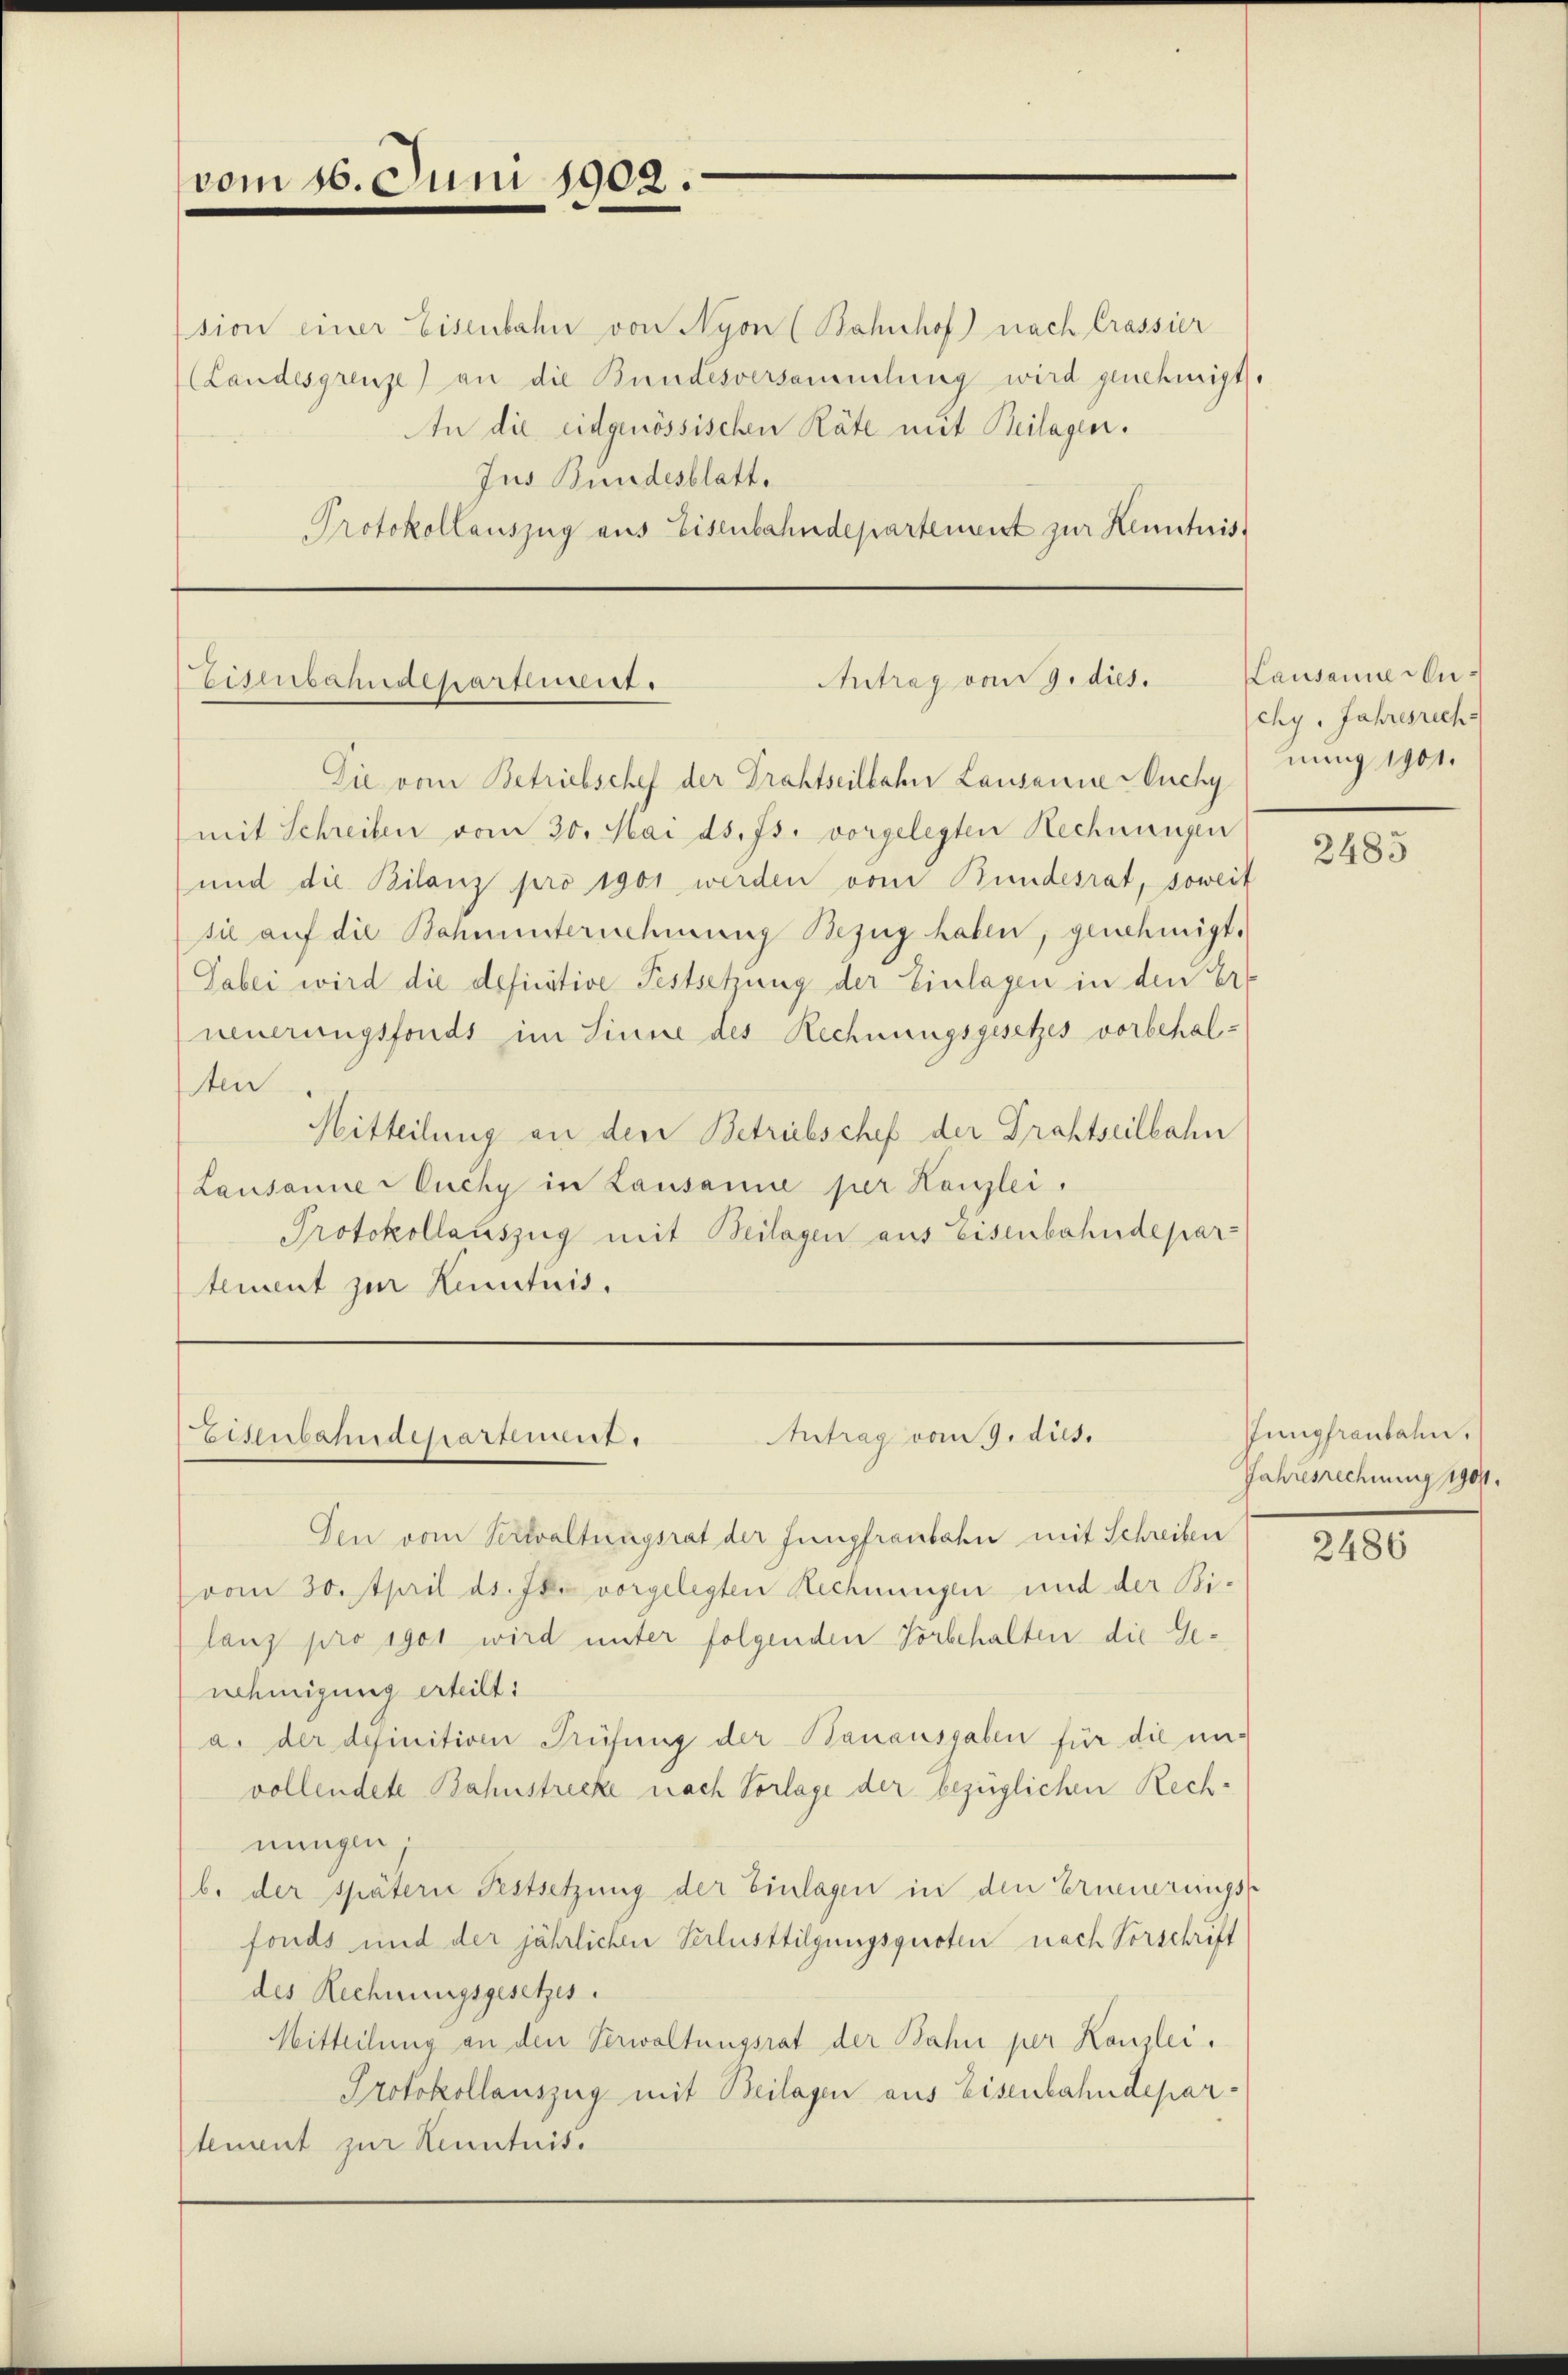
vom 16. Juni 1902.

sion einer Eisenbahn von Nyon (Bahnhof nach Crassier
(Landesgrenze) an die Bundesversammlung wird genehmigt.
An die eidgenössischen Räte mit Beilagen.
Jus Bundesblatt.
Protokollauszug aus Eisenbahndepartement zur Kenntnis.

Antrag vom 9. dies.
Eisenbahndepartenseit

Die vom Betriebschef der Drahtseilbahn Lausanne Ouchy
mit Schreiben vom 30. Mai ds. Js. vorgelegten Rechnungen
und die Bilanz pro 1901 werden vom Bundesrat, soweit
sie auf die Bahnunternehmung Bezug haben, genehmigt.
Tabei wird die definitive Festsetzung der Einlagen in den Erneuerungsfonds im Sinne des Rechnungsgesetzes vorbehalten
Mitteilung an den Betriebschef der Grahtseilbahn
Lausanne Ouchy in Lausanne per Kanzlei.
Protokollauszug mit Beilagen aus Eisenbahndepar-
tement zur Kenntnis.

Antrag vom 9. dies.
Eisenbahndepartement,

Lausanne Auchy, Jahresrech
nung 1901.

Den vom Verwaltungsrat der Jungfraubahn mit Schreiben
vom 30. April ds. Ihr vorgelegten Rechnungen und der Bilang pro 1901 wird unter folgenden Vorbehalten die Genehmigung erteilt:
a. der definitiven Prüfung der Stanausgaben für die un-
vollendete Bahnstrecke nach Vorlage der bezüglichen Rechnungen;
b. der spätern Festsetzung der Einlagen in den Erneuerungs-
fonds und der jährlichen Verlusttilgungsquoten nach Vorschrift
des Rechnungsgesetzes.
Mitteilung an den Verwaltungsrat der Bahn per Kanzlei.
Protokollauszug mit Beilagen aus Eisenbahndepartement zur Kenntnis.

2485

Jungfraubahn,
Jahresrechnung 1904.

2486